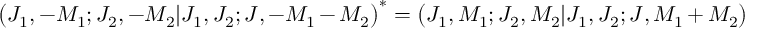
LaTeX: \bigl ( J _ { 1 } , - M _ { 1 } ; J _ { 2 } , - M _ { 2 } \vert J _ { 1 } , J _ { 2 } ; J , - M _ { 1 } - M _ { 2 } \bigr ) ^ { * } = \bigl ( J _ { 1 } , M _ { 1 } ; J _ { 2 } , M _ { 2 } \vert J _ { 1 } , J _ { 2 } ; J , M _ { 1 } + M _ { 2 } \bigr )